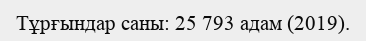
Тұрғындар саны: 25 793 адам (2019).